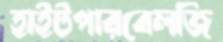
হাইটপারবেলজি